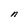
Character: n